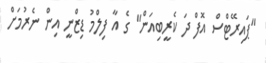
"ޕައިރޭޓްސް އޮފް ދަ ކެރީބިއަން" ގެ އާ ފިލްމު ޑިޒްނީ އިން ނެރުމަށް